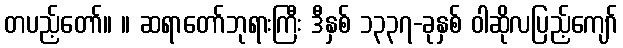
တပည့်တော်။ ။ ဆရာတော်ဘုရားကြီး ဒီနှစ် ၁၃၃၇-ခုနှစ် ဝါဆိုလပြည့်ကျော်